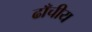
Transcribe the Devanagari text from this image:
ढाँचीय